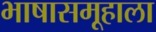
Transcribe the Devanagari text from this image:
भाषासमूहाला